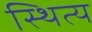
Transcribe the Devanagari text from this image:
स्थित्य